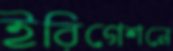
ইরিগেশনে